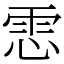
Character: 𩂈